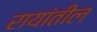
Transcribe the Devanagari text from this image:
रायांतील